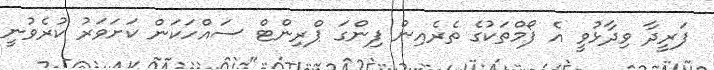
ފަރީދާ ވިދާޅުވީ އެ ފޯމްތަކުގެ ތެރެއިން ފިންގަ ޕްރިންޓް ސައްހަކަން ކަށަވަރު ކުރެވުނީ